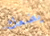
يضعك